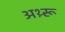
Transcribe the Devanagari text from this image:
अथ़्रू